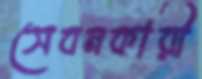
সেবনকারী